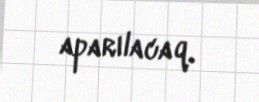
aparılacaq.